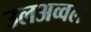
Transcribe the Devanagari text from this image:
उलअव्वल